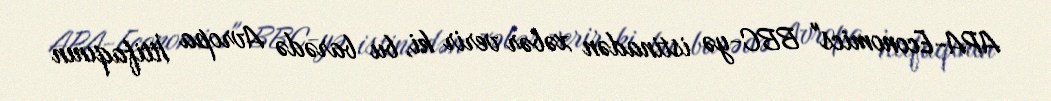
APA-Economics" BBC-yə istinadən xəbər verir ki, bu barədə Avropa İttifaqının